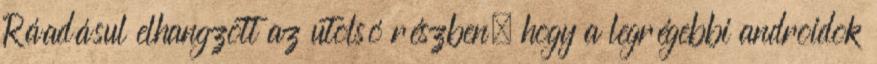
Ráadásul elhangzott az utolsó részben, hogy a legrégebbi androidok